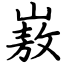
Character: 㟼